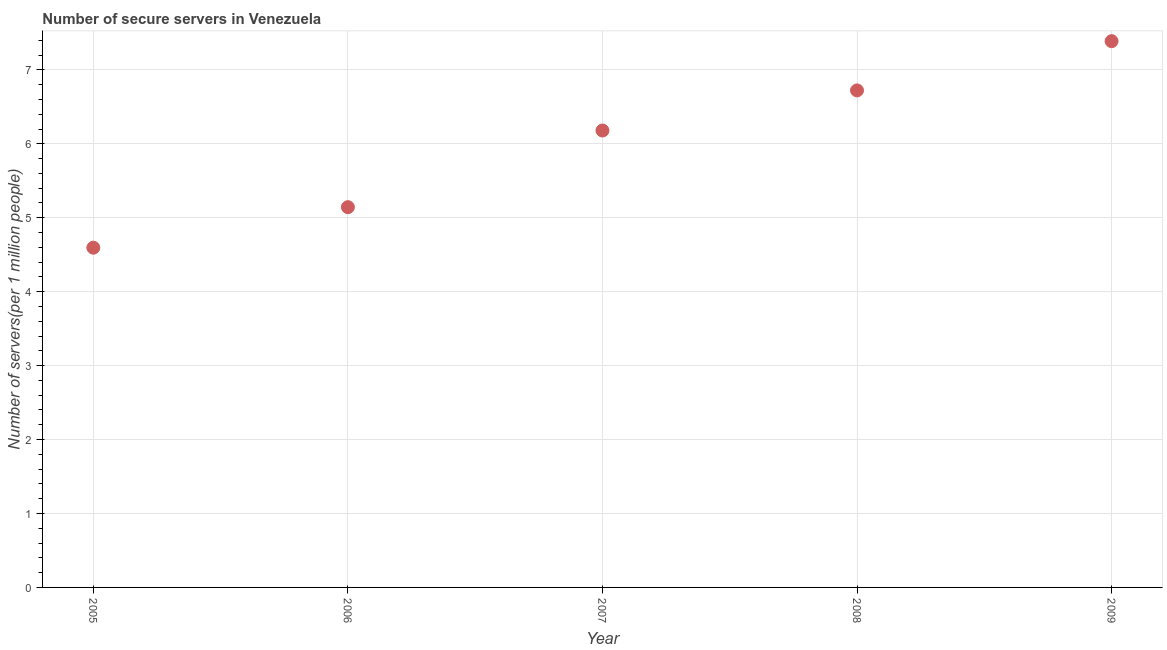
| Year | Secure Internet servers |
 | --- | --- |
 | 2005 | 4.59 |
 | 2006 | 5.14 |
 | 2007 | 6.18 |
 | 2008 | 6.72 |
 | 2009 | 7.39 |